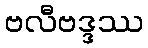
ဗလီဗဒ္ဒဿ